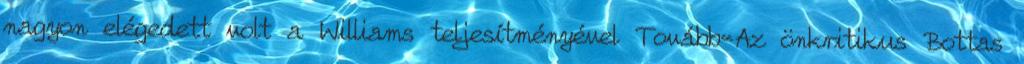
nagyon elégedett volt a Williams teljesítményével Tovább«Az önkritikus Bottas